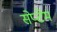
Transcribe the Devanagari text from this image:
सेप्टेम